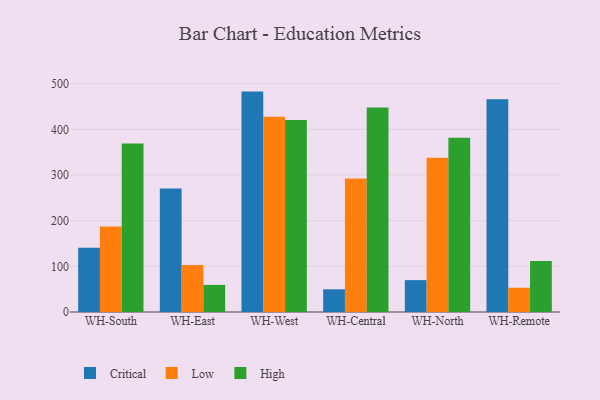
{"axis": {"x": "Warehouse", "y": "Revenue (USD Million)"}, "legend": ["Critical", "High", "Low"], "data": [{"x": "WH-South", "y": 140.8, "type": "Critical"}, {"x": "WH-South", "y": 187.1, "type": "Low"}, {"x": "WH-South", "y": 369.3, "type": "High"}, {"x": "WH-East", "y": 270.7, "type": "Critical"}, {"x": "WH-East", "y": 103.0, "type": "Low"}, {"x": "WH-East", "y": 59.3, "type": "High"}, {"x": "WH-West", "y": 482.7, "type": "Critical"}, {"x": "WH-West", "y": 427.6, "type": "Low"}, {"x": "WH-West", "y": 420.4, "type": "High"}, {"x": "WH-Central", "y": 49.7, "type": "Critical"}, {"x": "WH-Central", "y": 292.5, "type": "Low"}, {"x": "WH-Central", "y": 447.8, "type": "High"}, {"x": "WH-North", "y": 69.8, "type": "Critical"}, {"x": "WH-North", "y": 337.6, "type": "Low"}, {"x": "WH-North", "y": 381.6, "type": "High"}, {"x": "WH-Remote", "y": 466.2, "type": "Critical"}, {"x": "WH-Remote", "y": 53.1, "type": "Low"}, {"x": "WH-Remote", "y": 111.5, "type": "High"}]}